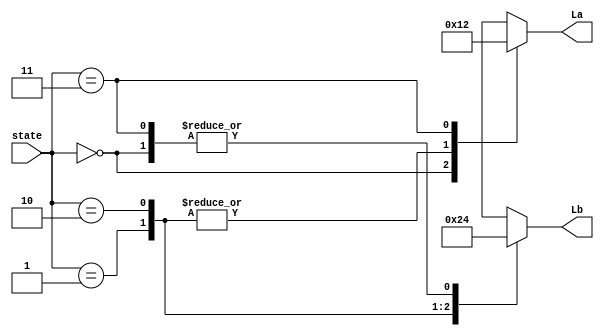
module o_logic(state, La,Lb);			
	input [1:0] state;			// 2 bits input
	output reg[1:0] La;			// 2 bits output 
	output reg[1:0] Lb;			// 2 bits output

	parameter s0 = 2'b00;		// define s0=b'00
	parameter s1 = 2'b01;		// define s1=b'01
	parameter s2 = 2'b10;		// define s2=b'10
	parameter s3 = 2'b11;		// define s3=b'11

	parameter red = 2'b00;		// define red =	b'00
	parameter yellow = 2'b01;	// define yellow= b'01
	parameter green = 2'b10;	// define green =	b'10

	always @(state)
	begin
		case(state)
			s0 : begin								// when state = s0
					La <= yellow; Lb <=red;		// input yello to La, red to Lb at the same time
					end
					
			s1 :begin 								// when state = s1
					La <= red; Lb <= green;		// input red to La, green to Lb at the same time
					end
					
			s2 : begin								// when state = s2
					La <= red; Lb <=yellow;		// input red to La, yello to Lb at the same time
					end
					
			s3 : begin 								// when state = s3
					La <= green ; Lb<= red;		// input green to La, red to Lb at the same time
					end
					
			default;
		endcase
	end
	
endmodule